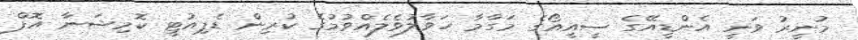
މުނީރު ވަނީ އެންޑީއޭގެ ސީއީއޯގެ މަގާމާ ހަވާލުވެލެއްވުމުގެ ކުރިން ޑެޕިއުޓީ ކޮމިޝަނާ އޮފް